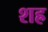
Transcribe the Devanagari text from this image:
शह्र